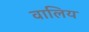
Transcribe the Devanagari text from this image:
वालिय